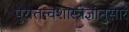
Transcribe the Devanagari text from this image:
पुरातत्वशास्त्रज्ञांनुसार